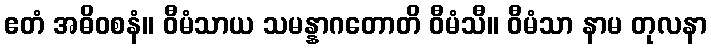
ဧတံ အဓိဝစနံ။ ဝီမံသာယ သမန္နာဂတောတိ ဝီမံသီ။ ဝီမံသာ နာမ တုလနာ